Account of plague administration in the Bombay Presidency from September 1896 till May 1897
Year: 1896
Disease focus: Plague
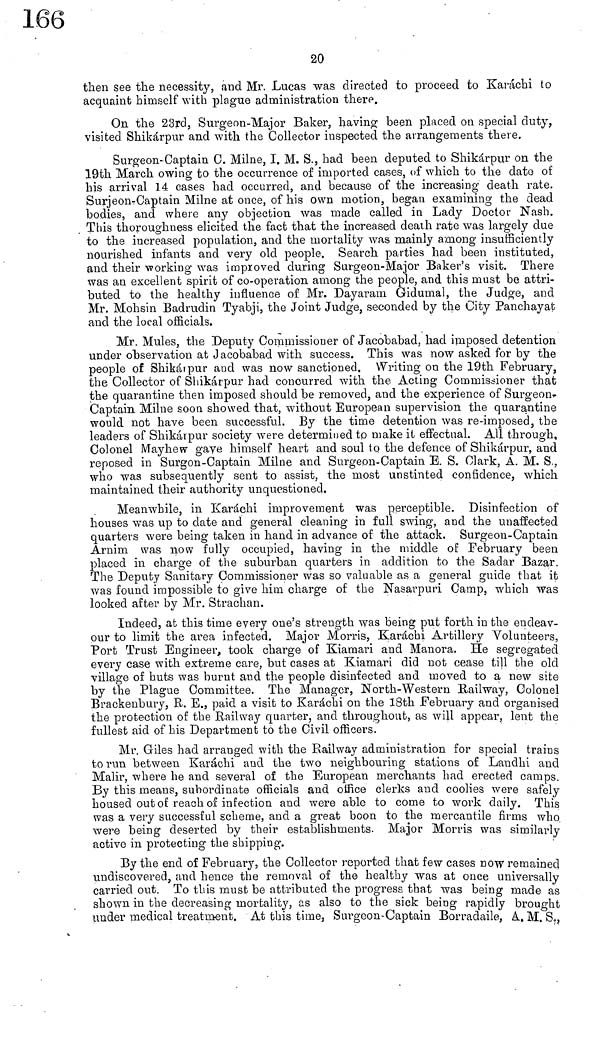
20
then see the necessity, and Mr. Lucas was directed to proceed to Karachi to
acquaint himself with plague administration there.
On the 23rd, Surgeon-Major Baker, having been placed on special duty,
visited Shikárpur and with the Collector inspected the arrangements there.
Surgeon-Captain C. Milne, I. M. S., had been deputed to Shikárpur on the
19th March owing to the occurrence of imported cases, of which to the date of
his arrival 14 cases had occurred, and because of the increasing death rate.
Surjeon-Captain Milne at once, of his own motion, began examining the dead
bodies, and where any objection was made called in Lady Doctor Nash.
This thoroughness elicited the fact that the increased death rate was largely clue
to the increased population, and the mortality was mainly among insufficiently
nourished infants and very old people. Search parties had been instituted,
and their working was improved during Surgeon-Major Baker's visit. There
was an excellent spirit of co-operation among the people, and this must be attri-
buted to the healthy influence of Mr. Dayaram Gidumal, the Judge, and
Mr. Mohsin Badrudin Tyabji, the Joint Judge, seconded by the City Panchayat
and the local officials.
Mr. Mules, the Deputy Commissioner of Jacobabad, had imposed detention
under observation at Jacobabad with success. This was now asked for by the
people of Shikarpur and was now sanctioned. Writing on the 19th February,
the Collector of Shikárpur had concurred with the Acting Commissioner that
the quarantine then imposed should be removed, and the experience of Surgeon-
Captain Milne soon showed that, without European supervision the quarantine
would not have been successful. By the time detention was re-imposed, the
leaders of Shikárpur society were determined to make it effectual. All through,
Colonel Mayhew gaye himself heart and soul to the defence of Shikárpur, and
reposed in Surgon-Captain Milne and Surgeon-Captain E. S. Clark, A. M. S.,
who was subsequently sent to assist, the most unstinted confidence, which
maintained their authority unquestioned.
Meanwhile, in Karachi improvement was perceptible. Disinfection of
houses was up to date and general cleaning in full swing, and the unaffected
quarters were being taken in hand in advance of the attack. Surgeon-Captain
Arnim was now fully occupied, having in the middle of February been
placed in charge of the suburban quarters in addition to the Sadar Bazar.
The Deputy Sanitary Commissioner was so valuable as a general guide that it
was found impossible to give him charge of the Nasarpuri. Camp, which was
looked after by Mr. Strachan.
Indeed, at this time every one's strength was being put forth in the endeav-
our to limit the area infected. Major Morris, Karachi Artillery Volunteers,
Port Trust Engineer, took charge of Kiamari and Manora. He segregated
every case with extreme care, but cases at Kiamari did not cease till the old
village of huts was burnt and the people disinfected and moved to a new site
by the Plague Committee. The Manager, North-Western Railway, Colonel
Brackenbury, R. E., paid a visit to Karachi on the 18th February and organised
the protection of the Railway quarter, and throughout, as will appear, lent the
fullest aid of his Department to the Civil officers.
Mr. Giles had arranged with the Railway administration for special trains
to run between Karachi and the two neighbouring stations of Landhi and
Malir, where he and several of the European merchants had erected camps.
By this means, subordinate officials and office clerks and coolies were safely
housed out of reach of infection and were able to come to work daily. This
was a very successful scheme, and a great boon to the mercantile firms who
were being deserted by their establishments- Major Morris was similarly
active in protecting the shipping.
By the end of February, the Collector reported that few cases now remained
undiscovered, and hence the removal of the healthy was at once universally
carried out. To this must be attributed the progress that was being made as
shown in the decreasing mortality, as also to the sick being rapidly brought
under medical treatment. At this time, Surgeon-Captain Borradaile, A. M. S.,